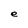
Character: e